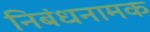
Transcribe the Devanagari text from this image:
निबंधनामक